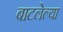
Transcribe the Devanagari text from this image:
बाटलेल्या